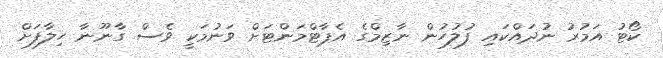
ކޯޓު އަމުރު ނުދައްކައި ފުލުހުން ނާޒިމްގެ އެޕާޓްމަންޓަށް ވަނުމަކީ ވެސް ގާނޫނާ ހިލާފަށް